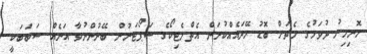
ހޮނިހިރު ދުވަހުގެ މެޗަށް ބޮޑު ހޭދައެއްކުރަން އެތްލެޓިކޯގެ ސަޕޯޓަރުން ބޭނުންނުވާ އަނެއް ސަބަބަކީ